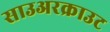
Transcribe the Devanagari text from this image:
साउअरक्राउट